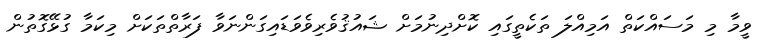
ވީމާ މި މަސައްކަތް އަމިއްލަ ތަކެތީގައި ކޮށްދިނުމަށް ޝައުޤުވެރިވެވަޑައިގަންނަވާ ފަރާތްތަކަށް މިކަމާ ގުޅޭގޮތުން